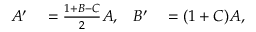
\begin{array} { r l r l } { A ^ { \prime } } & { { } = \frac { 1 + B - C } { 2 } A , } & { B ^ { \prime } } & { { } = ( 1 + C ) A , } \end{array}